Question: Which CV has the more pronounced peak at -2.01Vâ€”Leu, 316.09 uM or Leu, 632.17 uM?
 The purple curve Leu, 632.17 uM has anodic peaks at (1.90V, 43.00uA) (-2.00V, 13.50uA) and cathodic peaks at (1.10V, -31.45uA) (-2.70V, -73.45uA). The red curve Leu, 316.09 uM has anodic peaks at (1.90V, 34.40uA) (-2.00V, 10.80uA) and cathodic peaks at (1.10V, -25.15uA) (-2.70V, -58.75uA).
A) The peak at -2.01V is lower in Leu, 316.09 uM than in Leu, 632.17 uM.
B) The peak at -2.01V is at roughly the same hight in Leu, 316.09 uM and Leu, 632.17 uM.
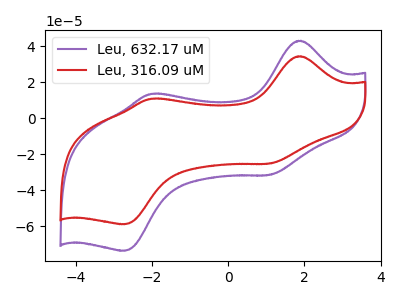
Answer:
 <answer>A) The peak at -2.01V is lower in "Leu, 316.09 uM" than in "Leu, 632.17 uM".</answer>
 <eval>A</eval>